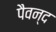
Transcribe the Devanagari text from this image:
पैवन्द